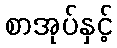
စာအုပ်နှင့်